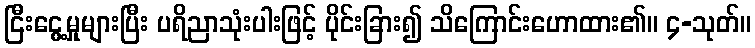
ငြီးငွေ့မှုများပြီး ပရိညာသုံးပါးဖြင့် ပိုင်းခြား၍ သိကြောင်းဟောထား၏။ ၄-သုတ်။